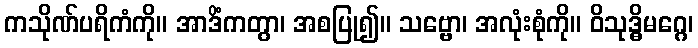
ကသိုဏ်ပရိကံကို။ အာဒိံကတွာ၊ အစပြု၍။ သဗ္ဗော၊ အလုံးစုံကို။ ဝိသုဒ္ဓိမဂ္ဂေ၊